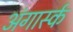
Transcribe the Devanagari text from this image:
अंगार्स्क